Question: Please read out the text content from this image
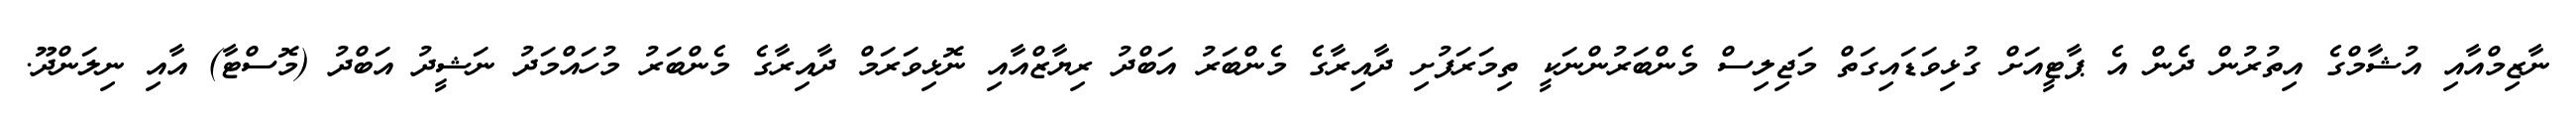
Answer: ނާޒިމްއާއި އުޝާމްގެ އިތުރުން ދެން އެ ޕާޓީއަށް ގުޅިވަޑައިގަތް މަޖިލިސް މެންބަރުންނަކީ ތިމަރަފުށި ދާއިރާގެ މެންބަރު އަބްދު ރިޔާޒްއާއި ނޮޅިވަރަމް ދާއިރާގެ މެންބަރު މުހައްމަދު ނަޝީދު އަބްދު (މޮސްޓާ) އާއި ނިލަންދޫ.